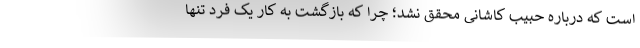
است که درباره حبیب کاشانی محقق نشد؛ چرا که بازگشت به کار یک فرد تنها